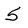
Character: 5